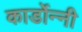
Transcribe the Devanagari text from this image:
कार्डोन्‍नी